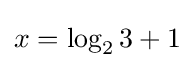
x=\log _{2}3+1